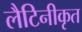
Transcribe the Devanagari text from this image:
लैटिनीकृत